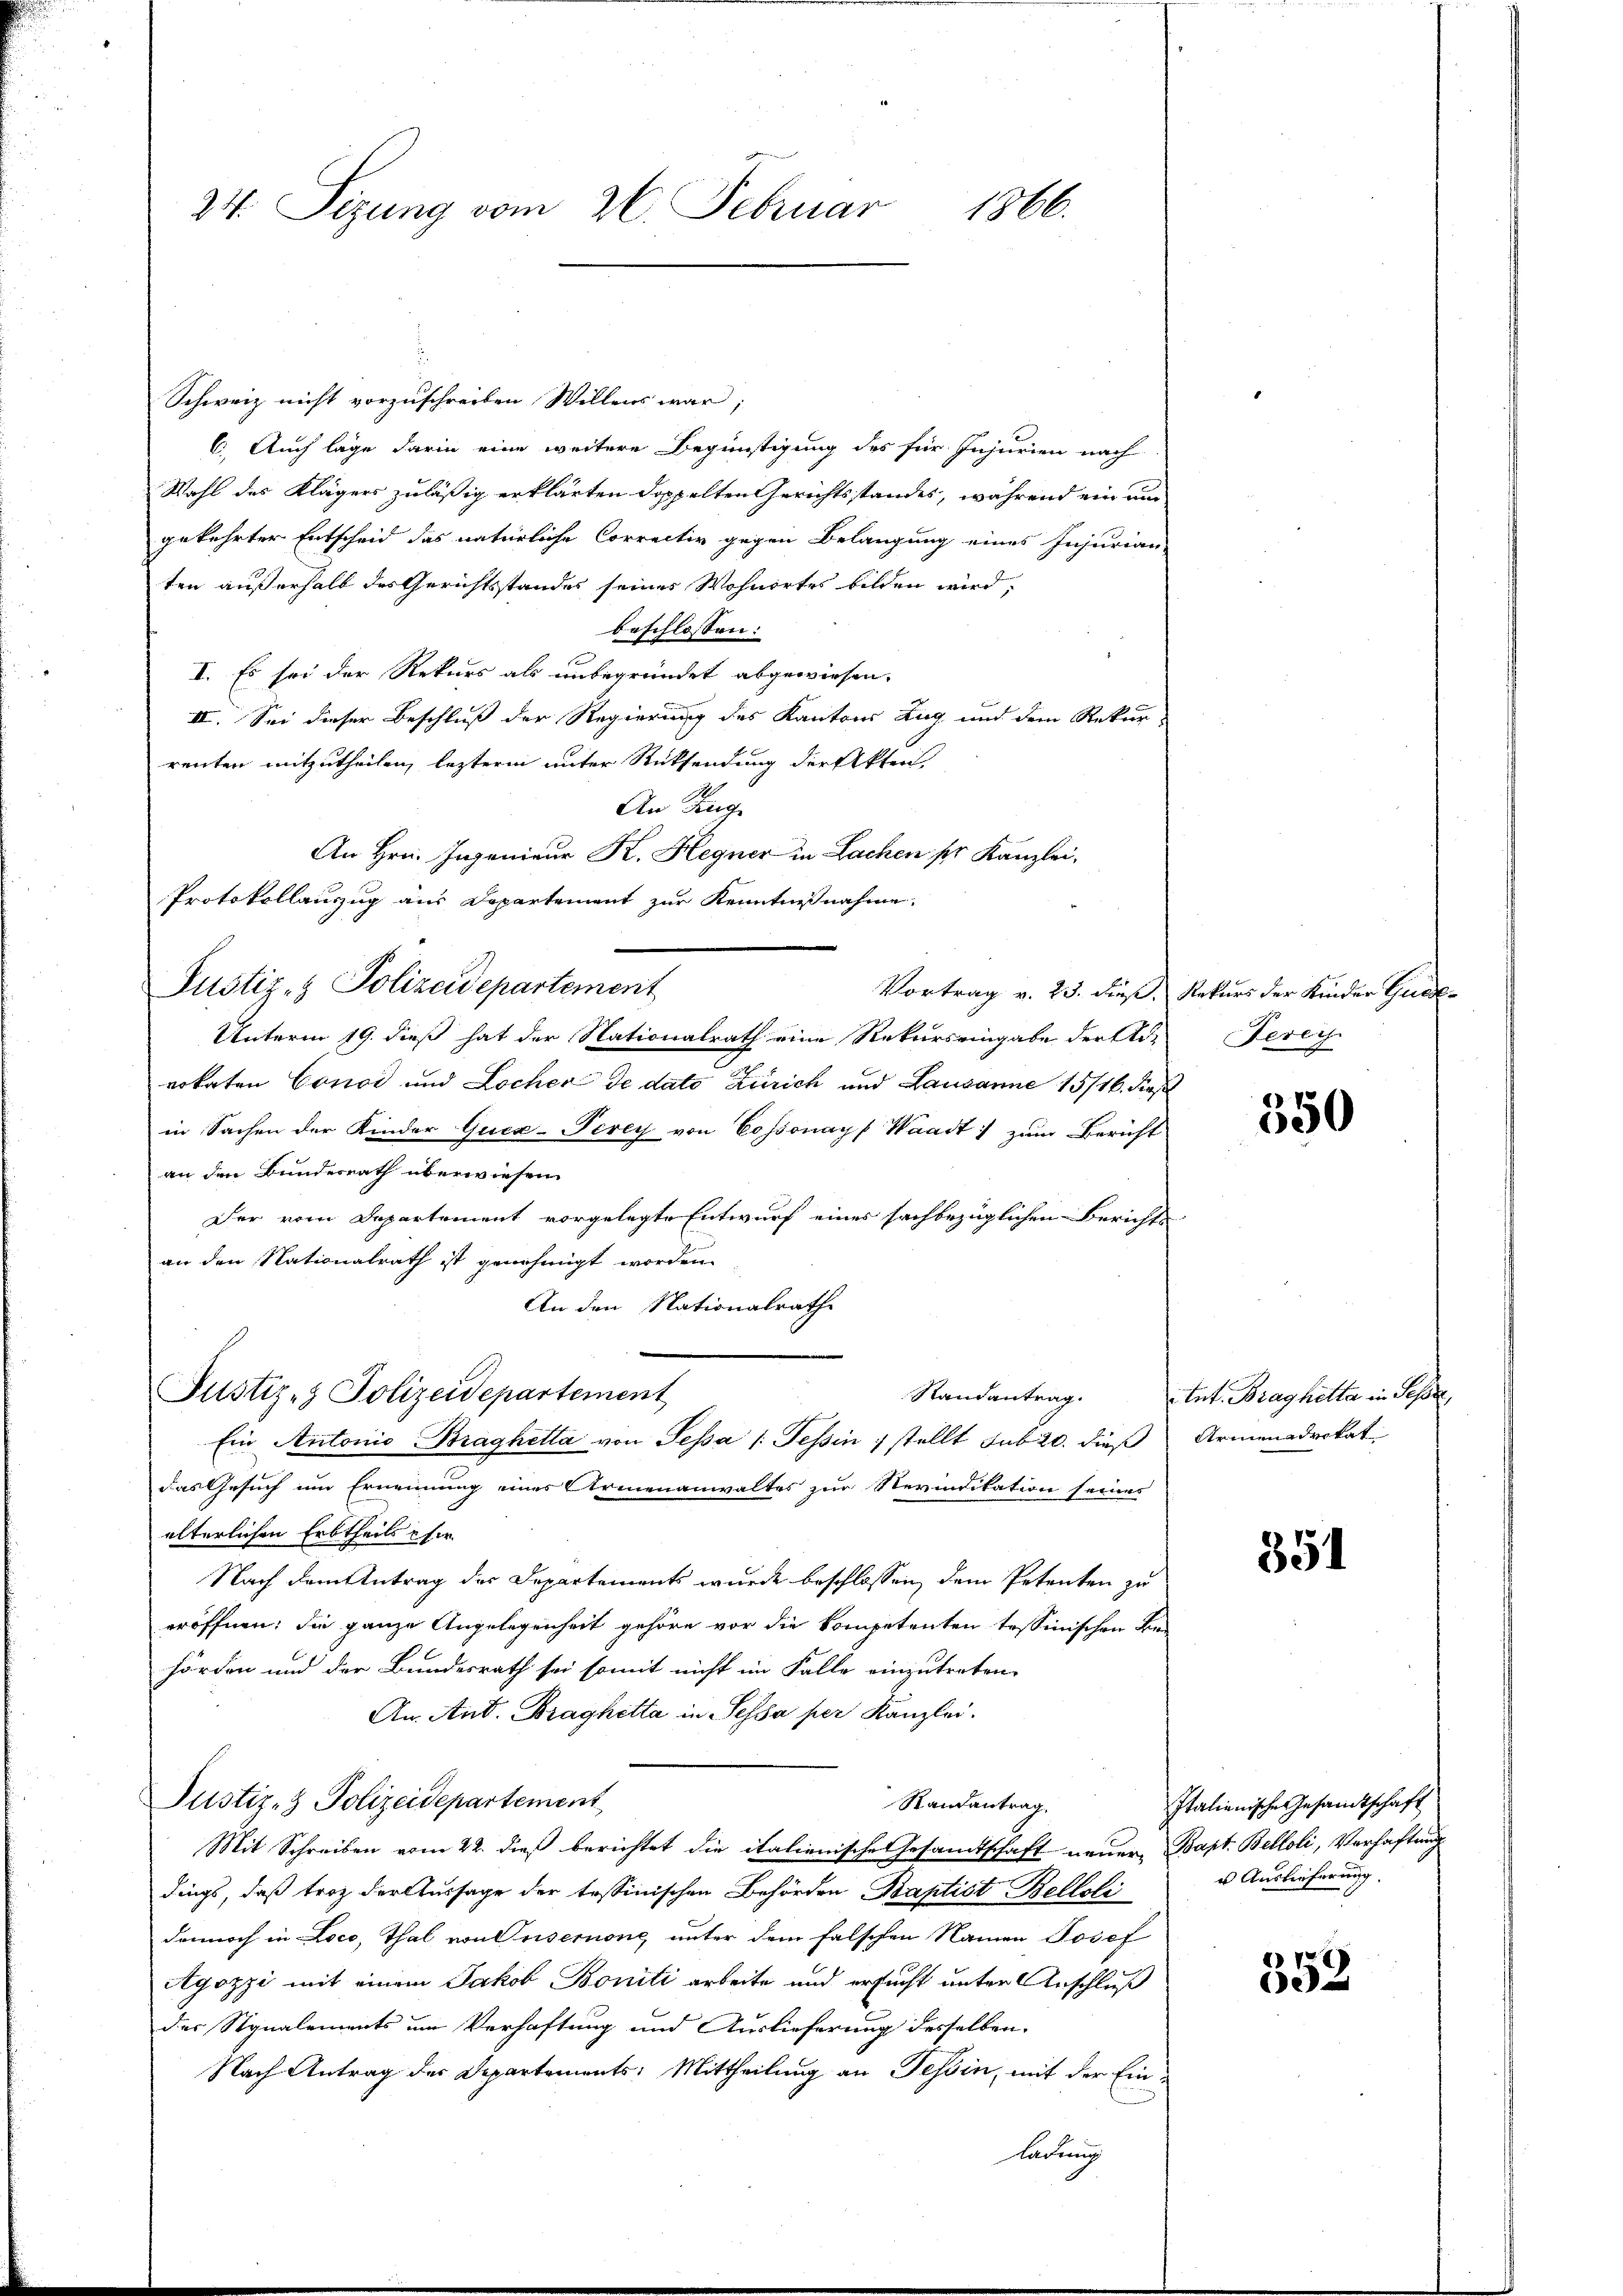
24. Sizung vom 26. Februar 1866.

Schweiz nicht vorzuschreiben Willens war;
6. Auch läge darin eine weitere Begünstigung des für Injurien nach
Wahl des Klägers zuläßig erklärten doppelten Gerichtsstandes, während ein um
gekehrter Entscheid das natürliche Correctiv gegen Belangung eines Injurian
ten außerhalb des Gerichtsstandes seines Wohnortes bilden wird,
beschlossen:
I. Es sei der Rekurs als unbegründet abgewiesen.
III. Sei dieser Beschluß der Regierung des Kantons Zug und dem Rekur
renten mitzutheilen, lezterm unter Rücksendung der Akten,
An Zug
An Hrn. Ingenieur K. Hegner in Lachen pr. Kanzlei,
Protokollauszug aus Departement zur Kenntnißnahme
Vortrag v. 23. dieß, Rekurs der Kinder Guade-
Unterm 19. dieß hat der Nationalrath eine Rekurs eingabe der Ad-
vokaten Conod und Locher de dato Zürich und Lausanne 15/16. dieß
in Sachen der Kinder Quex-Terey von Cossonay, Waadt: zum Bericht
an den Bundesrath überwiesen.
Der vom Departement vorgelegte Entwurf eines sachbezüglichen Berichts-
an den Nationalrath ist genehmigt worden.
An den Nationalrathe
Justiz- & Polizeidepartement
Ein Antonio Braghetta von Sessa /: Tessin stellt sub 20. dieß
das Gesuch um Ernennung eines Armenanwaltes zur Nevindikation seines
elterlichen Erbtheils chir
Nach dem Antrag des Departements wurde beschlossen, dem Petenten zu
eröffnen; die ganze Angelegenheit gehöre vor die kompetenten tessinischen Be-
hörden und der Bundesrath sei somit nicht im Falle einzutreten.
An. And. Braghitta in Sessa per Kanzlei.
Justiz- & Polizeidepartement
Randantrag.
Mit Schreiben vom 22. dieß berichtet die italienische Gesandtschaft neuer Bapt. Belloli, Verhaftung
dings, daß trotz der Aussage der tessinischen Behörden Baptist Belloli
dennoch in Loco, Thal von Onsemnone, unter dem falschen Namen Josef
Agozzi mit einem Jakob Boniti arbeite und ersucht unter Anschluß
der Signalements um Verhaftung und Auslieferung desselben.
Nach Antrag des Departements: Mittheilung an Tessin, mit der Einladung

Justiz- & Polizeidepartement

Ferei

350

Randantrag. Ant. Braghetta in Sept
Armenadvokat

351

Italienische Gesandtschaft
u Auslieferung.

352